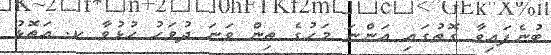
ބުނެފައިވާ ގޮތުގައި އަންނަ މަހުގެ ތިން ވަނަ ދުވަހު ހުޅުވާ ކ. އަތޮޅު